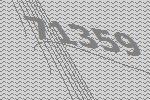
71359